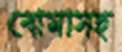
বোমাসহ